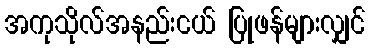
အကုသိုလ်အနည်းငယ် ပြုဖန်များလျှင်